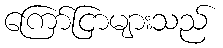
ကြော်ငြာများသည်